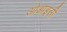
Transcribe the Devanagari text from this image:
ओआइसी